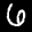
Label: 6